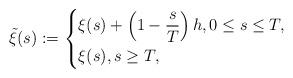
LaTeX: \begin{align*} \Tilde{\xi}(s):=\left\{ \begin{aligned} &\xi(s)+\left( 1-\frac{s}{T} \right) h, 0\leq s\leq T,\\ &\xi(s), s \geq T, \end{aligned} \right.\end{align*}